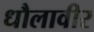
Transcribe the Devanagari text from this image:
धौलावीर